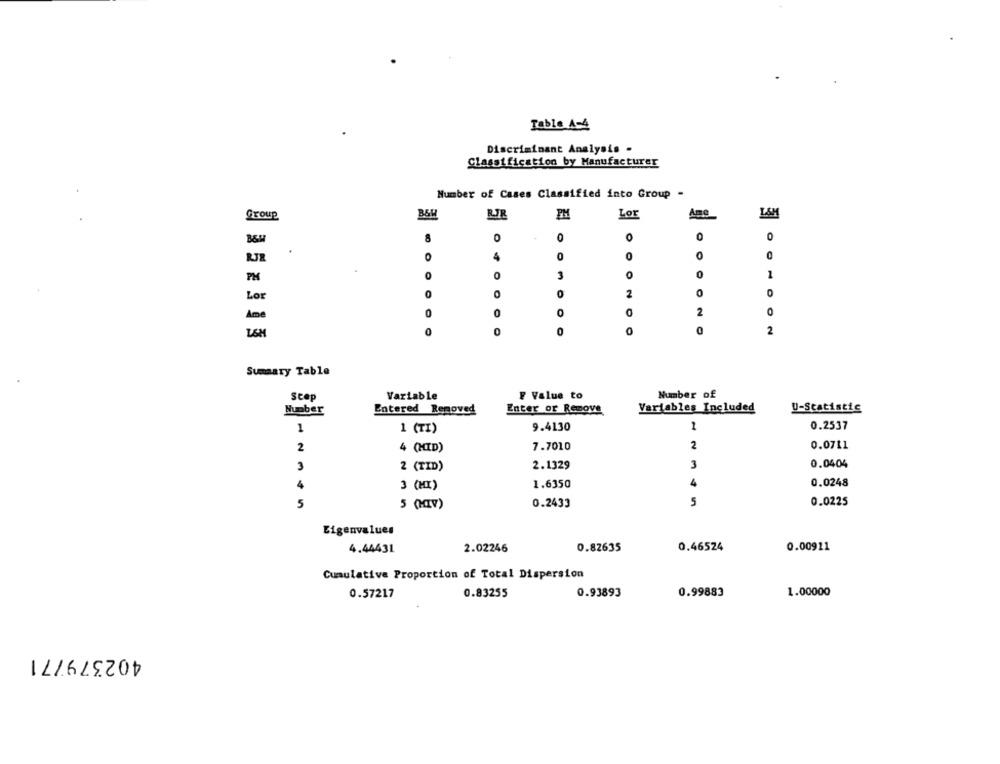
Table A-4
Discriminant Analysis -
Classification by Manufacturer
Number of Cases Classified into Group -
Group
PM
Lor
Ame
L&M
8
0
0
O
O
0
O
0
0
0
0
0
3
0
0
1
PM
Lor
0
0
2
0
O
2
0
Ame
LSM
0
0
2
Summary Table
seep
Variable
F Value to
Number of
Number
Entered Removed
Enter or Remove
Variables Included
U-Statistic
1
1 (TI)
9.4130
1
0.2537
2
4 (HID)
7.7010
2
0.0711
3
2 (TID)
2.1329
3
0.0404
4
3 (MI)
1.6350
0.0248
5
5 (HIV)
0.2433
5
0.0225
Eigenvalues
4.44431
2.02246
0.82635
0.46524
0.00911
Cumulative Proportion of Total Dispersion
0.57217
0.83255
0.93893
0.99883
1.00000
402379771